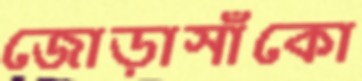
জোড়াসাঁকো